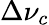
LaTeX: \Delta\nu_{c}